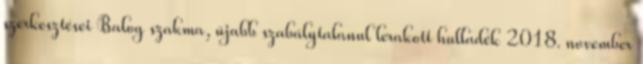
szerkesztései Balog szakma, újabb szabálytalanul lerakott hulladék 2018. november